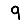
Digit: 9